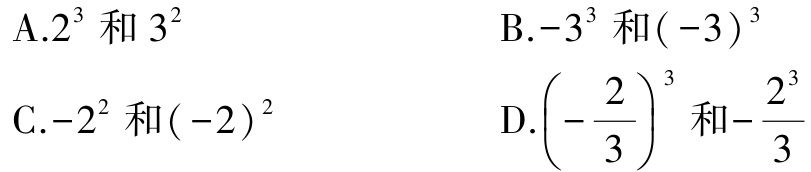
A.$2^{3}$和$3^{2}$

B.$-3^{3}$和$(-3)^{3}$

C.$-2^{2}$和$(-2)^{2}$

D.$\left(-\dfrac{2}{3}\right)^{3}$和$-\dfrac{2^{3}}{3}$